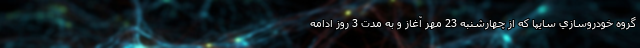
گروه خودروسازي سايپا که از چهارشنبه 23 مهر آغاز و به مدت 3 روز ادامه